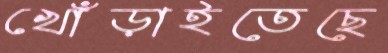
খোঁড়াইতেছে